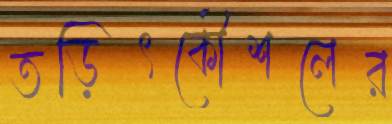
তড়িৎকৌশলের